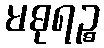
မဓုရဉ္စ